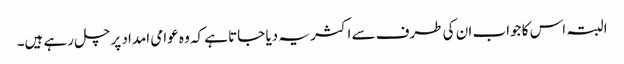
البتہ اس کا جواب ان کی طرف سے اکثر یہ دیا جاتا ہے کہ وہ عوامی امداد پر چل رہے ہیں۔